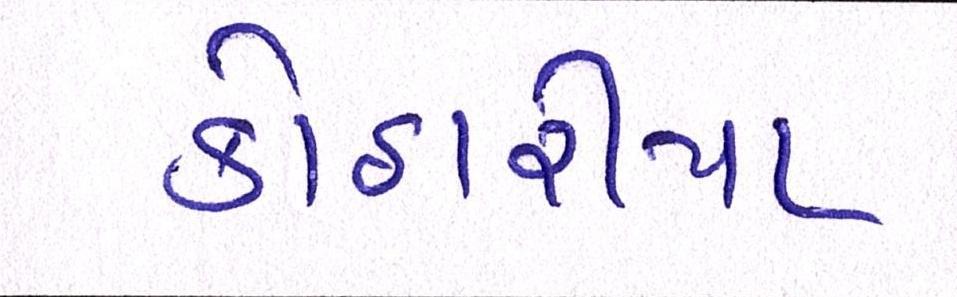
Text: કોઠારીયા